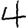
Digit: 4